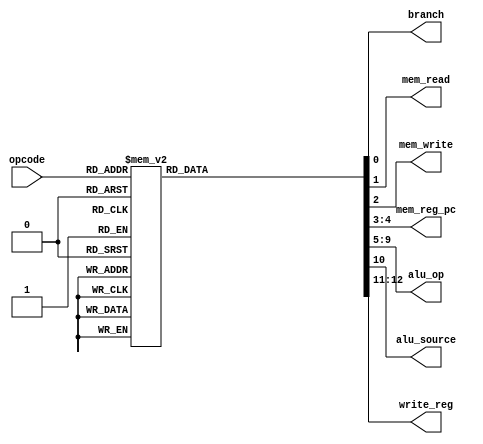
`timescale 1ns / 1ps

module main_control(
    input [5:0] opcode,
    output reg branch,
    output reg mem_read,
    output reg mem_write,
    output reg [1:0] mem_reg_pc,
    output reg [4:0] alu_op,
    output reg alu_source,
    output reg [1:0] write_reg
    );


    always @(*) begin
        case(opcode)
            6'b000001:
                begin
                    branch <= 1'b0;
                    mem_read <= 1'b0;
                    mem_write <= 1'b0;
                    mem_reg_pc <= 2'b00;
                    alu_op <= 5'b00001;
                    alu_source <= 1'b1;
                    write_reg <= 2'b10;
                end
            6'b000010:
                begin
                    branch <= 1'b0;
                    mem_read <= 1'b0;
                    mem_write <= 1'b0;
                    mem_reg_pc <= 2'b00;
                    alu_op <= 5'b00010;
                    alu_source <= 1'b1;
                    write_reg <= 2'b10;
                end
            6'b000011:
                begin
                    branch <= 1'b0;
                    mem_read <= 1'b0;
                    mem_write <= 1'b0;
                    mem_reg_pc <= 2'b00;
                    alu_op <= 5'b00011;
                    alu_source <= 1'b1;
                    write_reg <= 2'b11;
                end
            6'b000100:
                begin
                    branch <= 1'b1;
                    mem_read <= 1'b0;
                    mem_write <= 1'b0;
                    mem_reg_pc <= 2'b00;
                    alu_op <= 5'b00000;
                    alu_source <= 1'b1;
                    write_reg <= 2'b00;
                end
            6'b000101:
                begin
                    branch <= 1'b1;
                    mem_read <= 1'b0;
                    mem_write <= 1'b0;
                    mem_reg_pc <= 2'b00;
                    alu_op <= 5'b00000;
                    alu_source <= 1'b1;
                    write_reg <= 2'b00;
                end
            6'b000110:
                begin
                    branch <= 1'b1;
                    mem_read <= 1'b0;
                    mem_write <= 1'b0;
                    mem_reg_pc <= 2'b00;
                    alu_op <= 5'b00000;
                    alu_source <= 1'b1;
                    write_reg <= 2'b01;
                end
            6'b000111:
                begin
                    branch <= 1'b1;
                    mem_read <= 1'b0;
                    mem_write <= 1'b0;
                    mem_reg_pc <= 2'b00;
                    alu_op <= 5'b00000;
                    alu_source <= 1'b1;
                    write_reg <= 2'b01;
                end
            6'b110000:
                begin
                    branch <= 1'b0;
                    mem_read <= 1'b0;
                    mem_write <= 1'b0;
                    mem_reg_pc <= 2'b00;
                    alu_op <= 5'b00101;
                    alu_source <= 1'b0;
                    write_reg <= 2'b10;
                end
            6'b110001:
                begin
                    branch <= 1'b0;
                    mem_read <= 1'b0;
                    mem_write <= 1'b0;
                    mem_reg_pc <= 2'b00;
                    alu_op <= 5'b00110;
                    alu_source <= 1'b0;
                    write_reg <= 2'b10;
                end
            6'b110010:
                begin
                    branch <= 1'b0;
                    mem_read <= 1'b0;
                    mem_write <= 1'b0;
                    mem_reg_pc <= 2'b00;
                    alu_op <= 5'b00111;
                    alu_source <= 1'b0;
                    write_reg <= 2'b10;
                end
            6'b110011:
                begin
                    branch <= 1'b0;
                    mem_read <= 1'b0;
                    mem_write <= 1'b0;
                    mem_reg_pc <= 2'b00;
                    alu_op <= 5'b01000;
                    alu_source <= 1'b0;
                    write_reg <= 2'b10;
                end
            6'b110100:
                begin
                    branch <= 1'b0;
                    mem_read <= 1'b0;
                    mem_write <= 1'b0;
                    mem_reg_pc <= 2'b00;
                    alu_op <= 5'b01001;
                    alu_source <= 1'b0;
                    write_reg <= 2'b10;
                end
            6'b110101:
                begin
                    branch <= 1'b0;
                    mem_read <= 1'b0;
                    mem_write <= 1'b0;
                    mem_reg_pc <= 2'b00;
                    alu_op <= 5'b01010;
                    alu_source <= 1'b0;
                    write_reg <= 2'b10;
                end
            6'b110110:
                begin
                    branch <= 1'b0;
                    mem_read <= 1'b0;
                    mem_write <= 1'b0;
                    mem_reg_pc <= 2'b00;
                    alu_op <= 5'b01011;
                    alu_source <= 1'b0;
                    write_reg <= 2'b10;
                end
            6'b110111:
                begin
                    branch <= 1'b0;
                    mem_read <= 1'b0;
                    mem_write <= 1'b0;
                    mem_reg_pc <= 2'b00;
                    alu_op <= 5'b01100;
                    alu_source <= 1'b0;
                    write_reg <= 2'b10;
                end
            6'b111110:
                begin
                    branch <= 1'b0;
                    mem_read <= 1'b1;
                    mem_write <= 1'b0;
                    mem_reg_pc <= 2'b01;
                    alu_op <= 5'b01101;
                    alu_source <= 1'b0;
                    write_reg <= 2'b01;
                end
            6'b111111:
                begin
                    branch <= 1'b0;
                    mem_read <= 1'b1;
                    mem_write <= 1'b1;
                    mem_reg_pc <= 2'b00;
                    alu_op <= 5'b01101;
                    alu_source <= 1'b0;
                    write_reg <= 2'b00;
                end
            default:
                begin
                    branch <= 1'b0;
                    mem_read <= 1'b0;
                    mem_write <= 1'b0;
                    mem_reg_pc <= 2'b00;
                    alu_op <= 5'b00000;
                    alu_source <= 1'b0;
                    write_reg <= 2'b00;
                end
        endcase
    end

endmodule